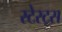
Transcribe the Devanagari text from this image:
स्टेस्ट्स